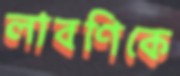
লাবণিকে